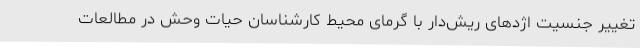
تغییر جنسیت اژدهای ریش‌دار با گرمای محیط کارشناسان حیات وحش در مطالعات